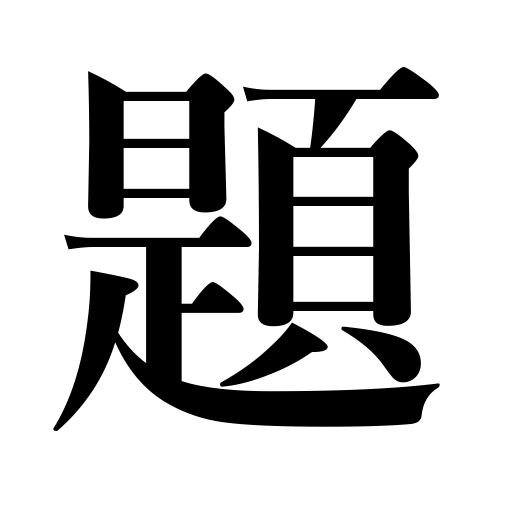
Meanings: heading,title,problem,caption,theme,question,subject,topic